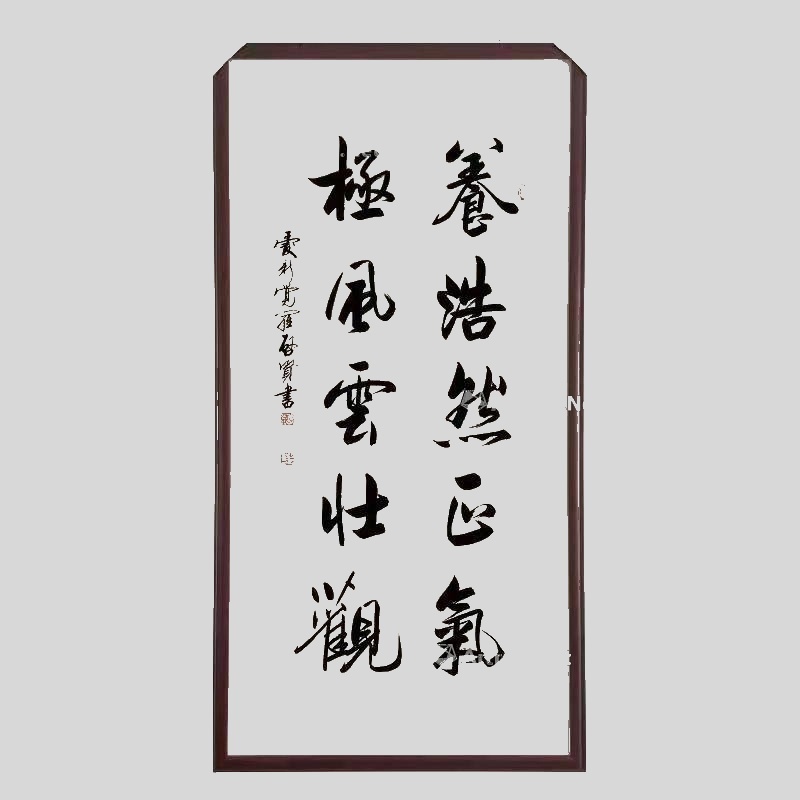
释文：养浩然正气，极风云壮观爱新觉罗·启贤